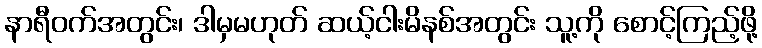
နာရီဝက်အတွင်း၊ ဒါမှမဟုတ် ဆယ့်ငါးမိနစ်အတွင်း သူ့ကို စောင့်ကြည့်ဖို့